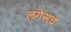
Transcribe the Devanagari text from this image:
लगेसच